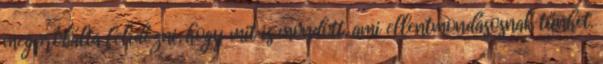
megpróbálta felidézni, hogy mit is mondott, ami ellentmondásosnak tűnhet.